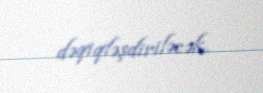
dəqiqləşdiriləcək.